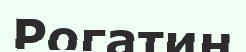
Рогатин